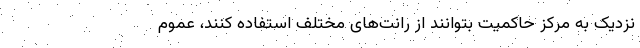
نزدیک به مرکز حاکمیت بتوانند از رانت‌های مختلف استفاده کنند، عموم